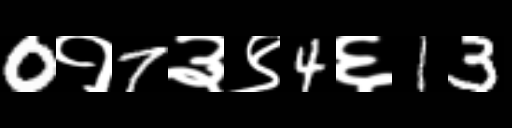
Text: 0१7३९4६13